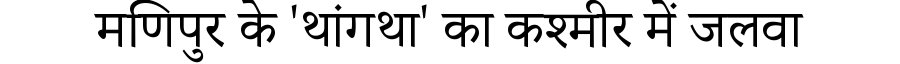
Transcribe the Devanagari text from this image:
मणिपुर के 'थांगथा' का कश्मीर में जलवा